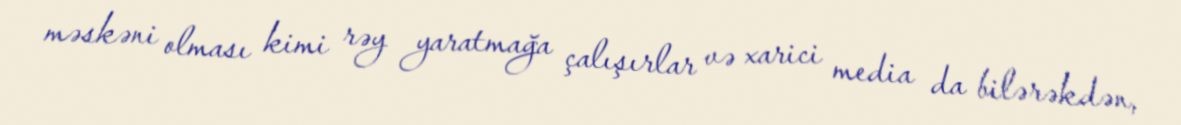
məskəni olması kimi rəy yaratmağa çalışırlar və xarici media da bilərəkdən,